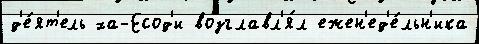
д'е́ят'ель ха-Есод'и возглавл'я́л ежен'ед'е́льн'ика